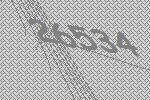
26534